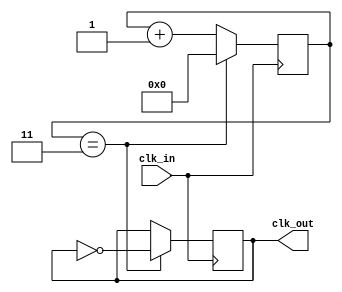
module fractional_clock_divider (
    input wire clk_in, // Input clock signal
    output reg clk_out // Output fractional clock signal
);

reg [7:0] counter = 0; // 8-bit counter to keep track of fractional clock cycles
parameter divider = 4; // Divider value for fractional clock cycles

always @ (posedge clk_in) begin
    if (counter == divider-1) begin
        counter <= 0;
        clk_out <= ~clk_out; // Toggle output clock signal
    end else begin
        counter <= counter + 1;
    end
end

endmodule